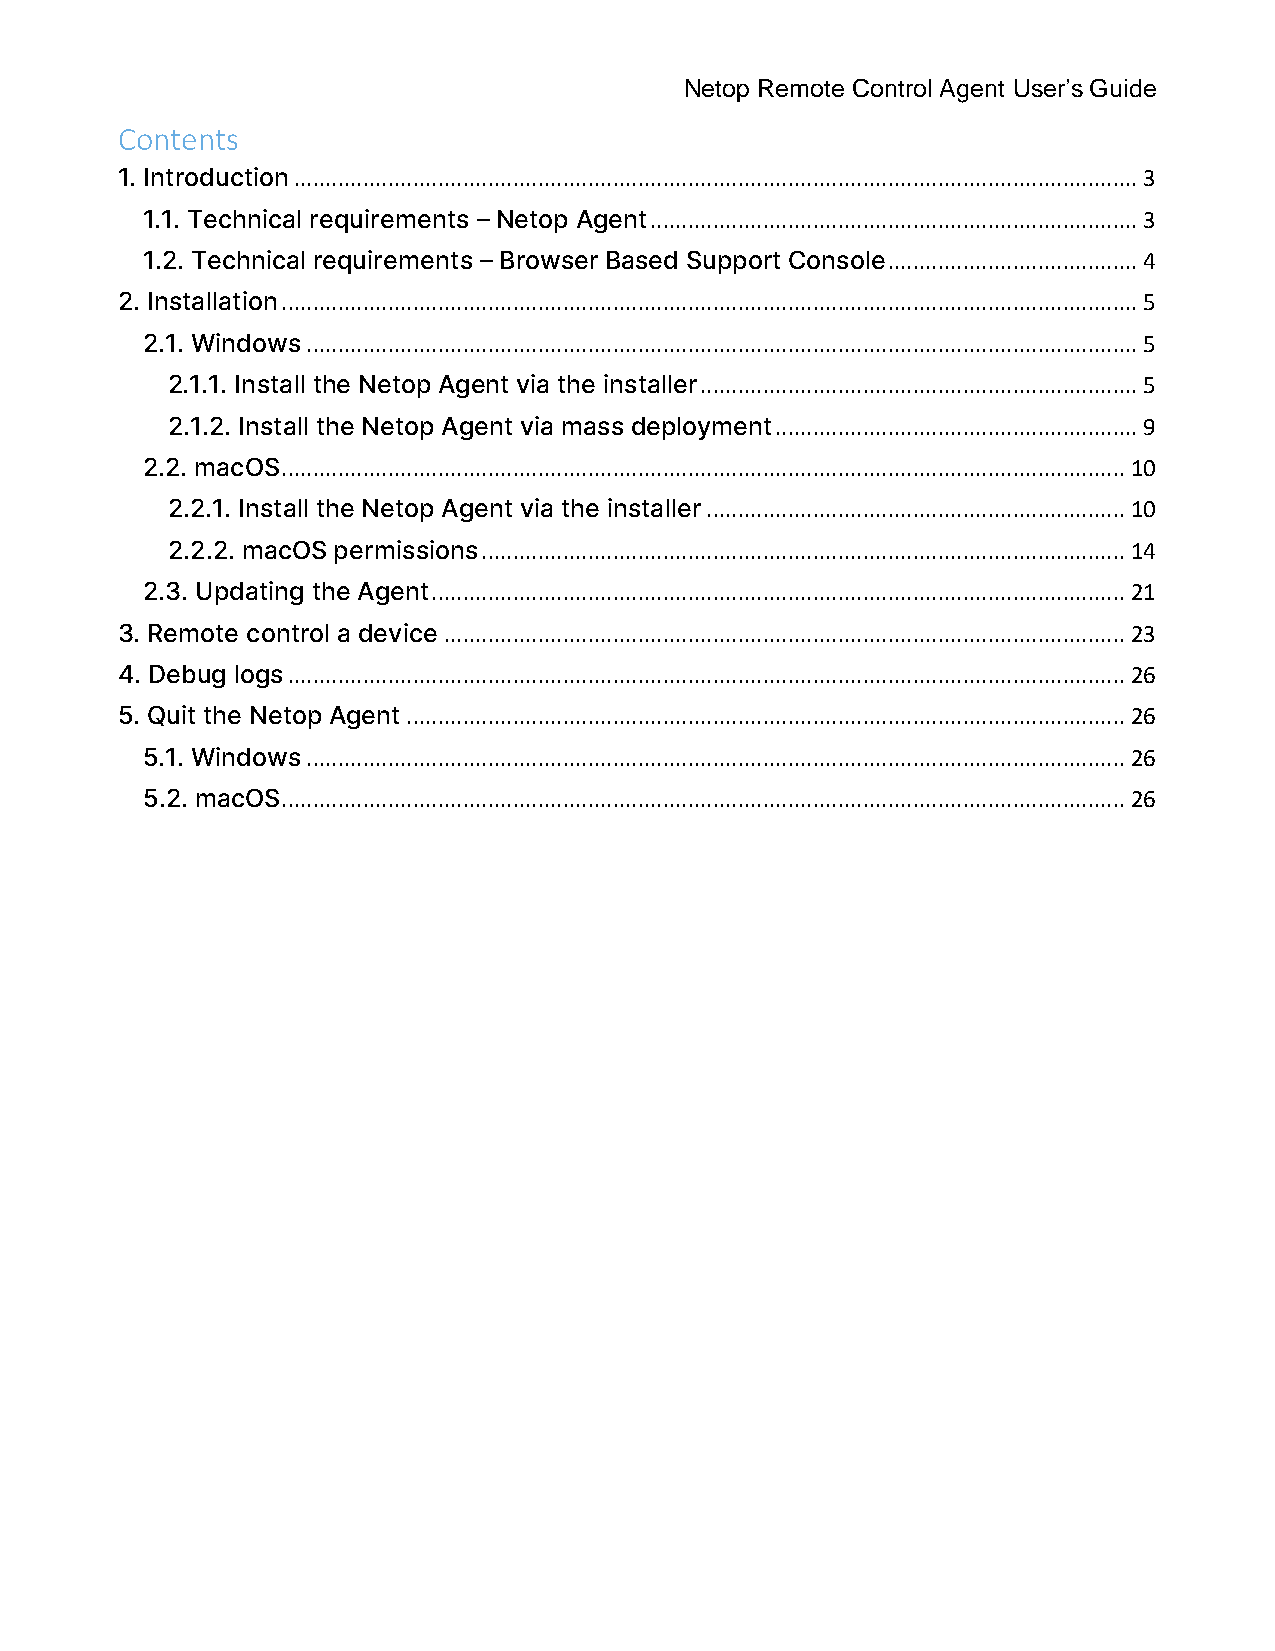
Netop Remote Control Agent User’s Guide
 Contents
 1. Introduction ....................................................................................................................................... 3
 1.1. Technical requirements – Netop Agent .............................................................................. 3
 1.2. Technical requirements – Browser Based Support Console ........................................ 4
 2. Installation ......................................................................................................................................... 5
 2.1. Windows ..................................................................................................................................... 5
 2.1.1. Install the Netop Agent via the installer ...................................................................... 5
 2.1.2. Install the Netop Agent via mass deployment .......................................................... 9
 2.2. macOS ....................................................................................................................................... 10
 2.2.1. Install the Netop Agent via the installer ................................................................... 10
 2.2.2. macOS permissions ....................................................................................................... 14
 2.3. Updating the Agent ............................................................................................................... 21
 3. Remote control a device ............................................................................................................. 23
 4. Debug logs ...................................................................................................................................... 26
 5. Quit the Netop Agent ................................................................................................................... 26
 5.1. Windows ................................................................................................................................... 26
 5.2. macOS ....................................................................................................................................... 26